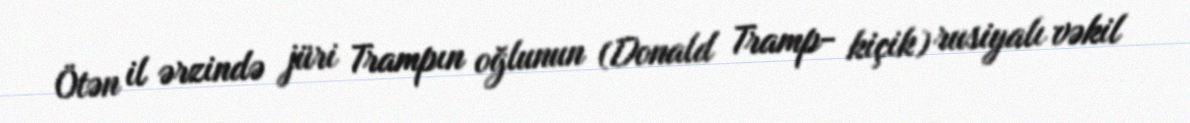
Ötən il ərzində jüri Trampın oğlunun (Donald Tramp- kiçik) rusiyalı vəkil